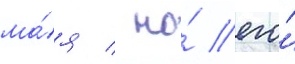
ма́я / но́ его́